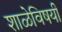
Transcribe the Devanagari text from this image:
शाळेविषयी